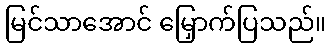
မြင်သာအောင် မြှောက်ပြသည်။